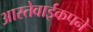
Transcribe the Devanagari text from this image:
आस्तेवाईकपने